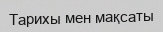
Тарихы мен мақсаты